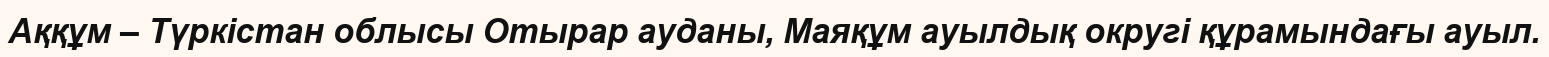
Аққұм – Түркістан облысы Отырар ауданы, Маяқұм ауылдық округі құрамындағы ауыл.